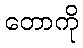
တောကို